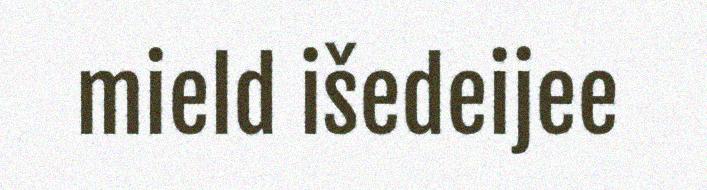
mield išedeijee